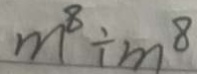
m ^ { 8 } \div m ^ { 8 }